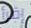
إقرأ